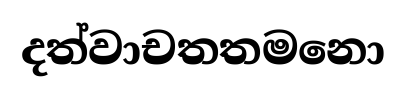
දත්වාචතතමනො